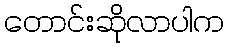
တောင်းဆိုလာပါက